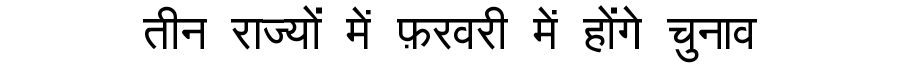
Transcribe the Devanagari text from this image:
तीन राज्यों में फ़रवरी में होंगे चुनाव